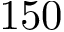
1 5 0